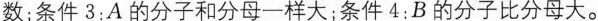
数；条件3：A的分子和分母一样大；条件4：B的分子比分母大。